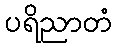
ပရိညာတံ